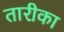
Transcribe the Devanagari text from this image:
तारीका